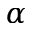
\alpha